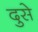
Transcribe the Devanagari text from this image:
दुसे